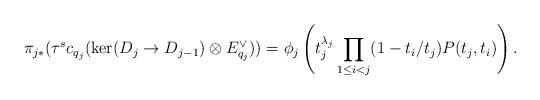
LaTeX: \begin{align*}\pi_{j*}(\tau^sc_{q_j}(\ker(D_j \to D_{j-1}) \otimes E_{q_j}^{\vee})) = \phi_j\left(t_j^{\lambda_j} \prod_{1\leq i< j} (1 - t_i/t_j)P(t_j, t_i) \right).\end{align*}